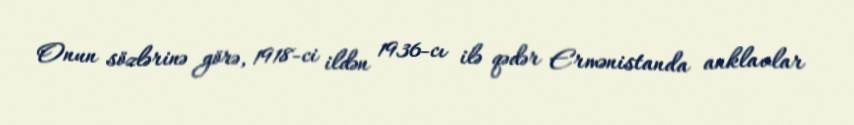
Onun sözlərinə görə, 1918-ci ildən 1936-cı ilə qədər Ermənistanda anklavlar